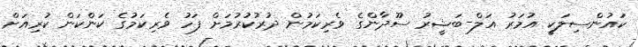
ކައުންސިލަކީ އުމަރު އަލް-ބަޝީރު ސޫދާންގެ ވެރިކަމުން ދުރުކުރުމަށް ފަހު ވެރިކަމުގެ ކަންކަން ކުރިއަށް